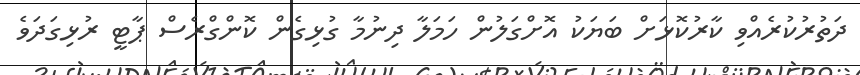
ދަތުރުކުރެއްވި ކާރުކޮޅަށް ބަޔަކު އޮށްގަލުން ހަމަލާ ދިނުމާ ގުޅިގެން ކޮންގްރެސް ޕާޓީ ރުޅިގަދަވެ